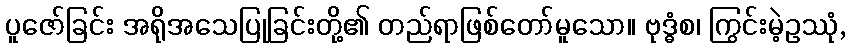
ပူဇော်ခြင်း အရိုအသေပြုခြင်းတို့၏ တည်ရာဖြစ်တော်မူသော။ ဗုဒ္ဓံစ၊ ကြွင်းမဲ့ဥဿုံ,